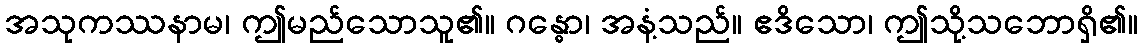
အသုကဿနာမ၊ ဤမည်သောသူ၏။ ဂန္ဓော၊ အနံ့သည်။ ဧဒိသော၊ ဤသို့သဘောရှိ၏။